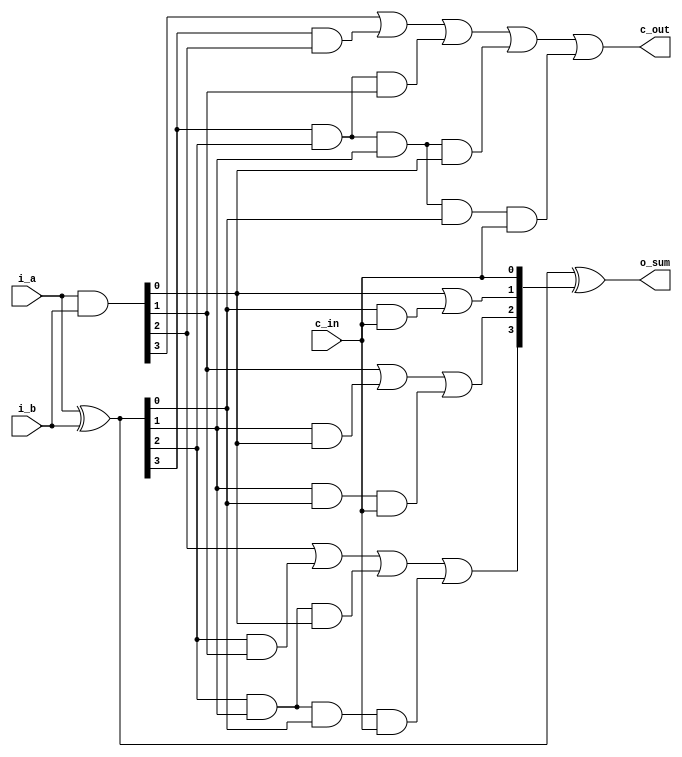
module cla_4bit (
    input wire [3:0] i_a, i_b, // 4-bit inputs
    input wire c_in,
    output wire [3:0] o_sum,
    output wire c_out
);

    wire [3:0] g, p; // generate and propogate terms
    wire [2:0] c; // carry
    
    assign g = i_a & i_b;
    assign p = i_a ^ i_b;
    
    // CLA carry terms
    assign c[0] = g[0] | (p[0] & c_in); 
    assign c[1] = g[1] | (p[1] & g[0]) | (p[1] & p[0] & c_in);
    assign c[2] = g[2] | (p[2] & g[1]) | (p[2] & p[1] & g[0]) | (p[2] & p[1] & p[0] & c_in);
    assign c_out = g[3] | (p[3] & g[2]) | (p[3] & p[2] & g[1]) | (p[3] & p[2] & p[1] & g[0]) | (p[3] & p[2] & p[1] & p[0] & c_in);

    // CLA sum
    assign o_sum = p ^ {c,c_in}; // sum = p XOR carry including carry in

endmodule